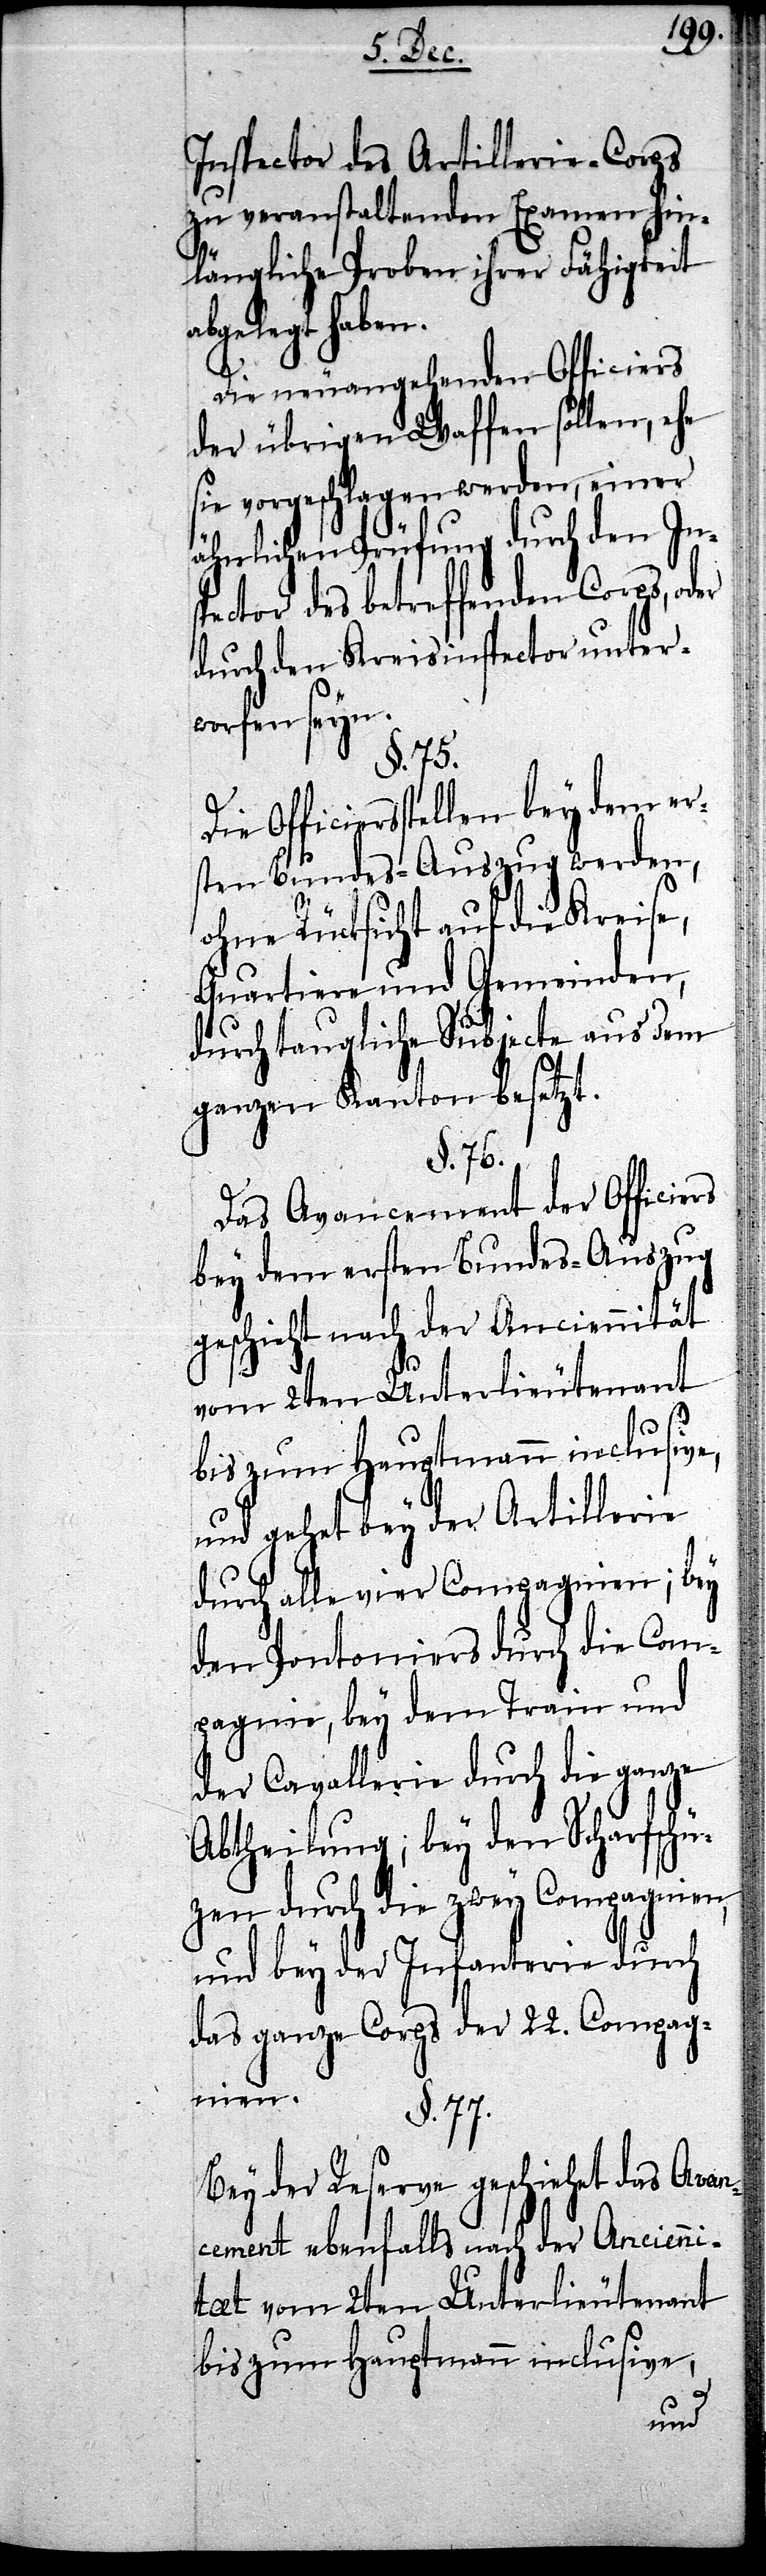
Inspector des Artillerie-Corps
zu veranstaltenden Examen hin¬
längliche Proben ihrer Fähigkeit
abgelegt haben.
Die neuangehenden Offi¬
der übrigen Waffen sollen, ehe
sie vorgeschlagen werden, einer
ähnlichen Prüfung durch den Ins¬
pector des betreffenden Corps, od¬
durch den Kreisinspector unter¬
worfen seyn.
§. 75.
Officiersstellen bey dem er¬
sten Bundes-Auszug werden,
ohne Rücksicht auf die Kreise,
Quartiere und Gemeinden,
durch taugliche Subjecte aus dem
ganzen Kanton besetzt.
§. 76.
Das Avancement der Officie¬
bey dem ersten Bundes-Auszug
geschieht nach der Anciennität
vom 2ten Unterlieutenant
und gehet bey der Artillerie
durch alle vier Compagnien; bey
den Pontoniers durch die Com¬
pagnie, bey dem Train und
der Cavallerie durch die ganze
ien,
Abtheilung; bey den S¬
zen durch die zwey Compagn¬
und bey der Infanterie durch
das ganze Corps der 22. Compag¬
nien.
§. 77.
Bey der Reserve geschiehet das Avan¬
cement ebenfalls nach der Ancienni¬
tæt vom 2ten Unterlieutenant
bis zum Hauptmann inclusive,

rs